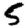
Digit: 5